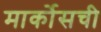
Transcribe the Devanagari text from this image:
मार्कोसची